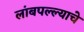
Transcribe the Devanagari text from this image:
लांबपल्ल्याचे